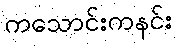
ကသောင်းကနင်း